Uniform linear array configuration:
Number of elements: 48
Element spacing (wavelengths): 0.25
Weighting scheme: uniform
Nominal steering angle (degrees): -15
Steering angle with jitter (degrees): -16.096
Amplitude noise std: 0.05
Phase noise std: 0.05

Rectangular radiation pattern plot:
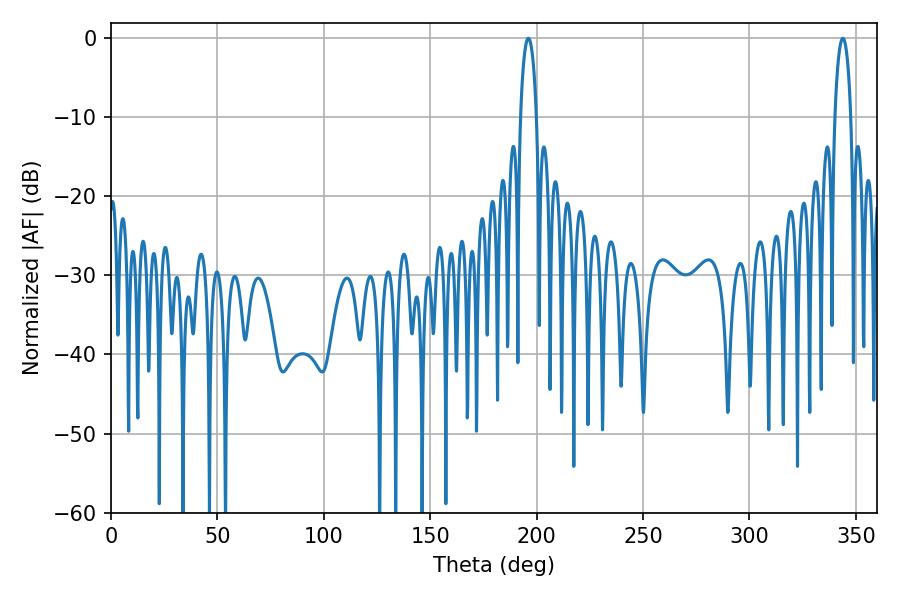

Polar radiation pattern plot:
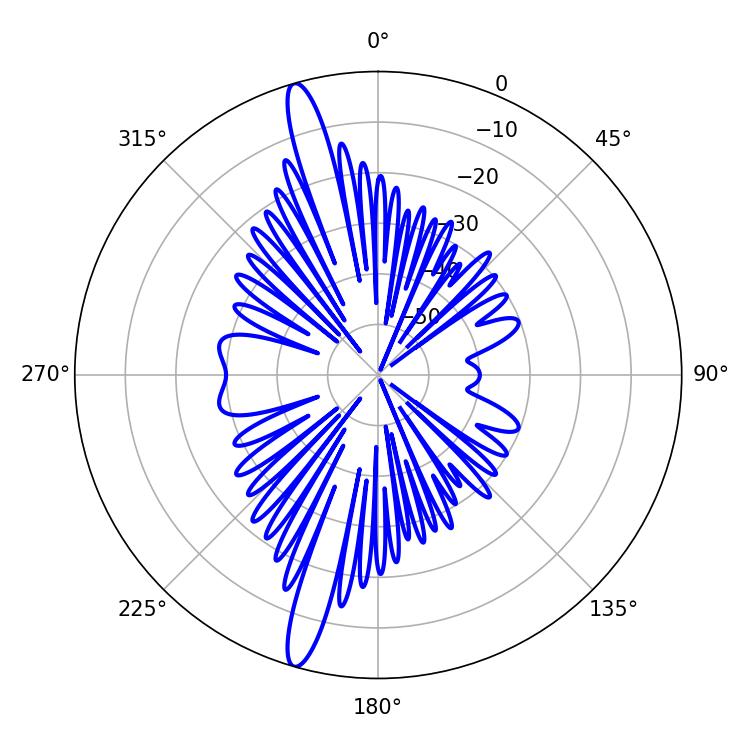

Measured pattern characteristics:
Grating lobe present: FALSE
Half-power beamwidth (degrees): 4.14
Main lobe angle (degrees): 196.02